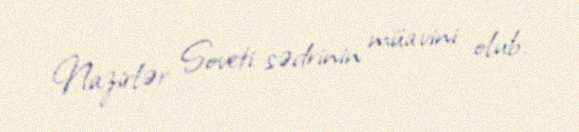
Nazirlər Soveti sədrinin müavini olub.